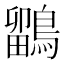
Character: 鶹